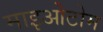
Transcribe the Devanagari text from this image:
माइओटोम